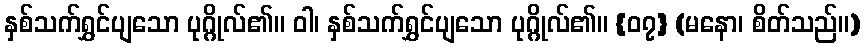
နှစ်သက်ရွှင်ပျသော ပုဂ္ဂိုလ်၏။ ဝါ၊ နှစ်သက်ရွှင်ပျသော ပုဂ္ဂိုလ်၏။ {၀၇} (မနော၊ စိတ်သည်။)